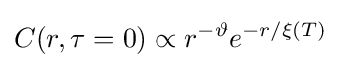
C(r,\tau =0)\propto r^{-\vartheta }e^{-r/\xi (T)}